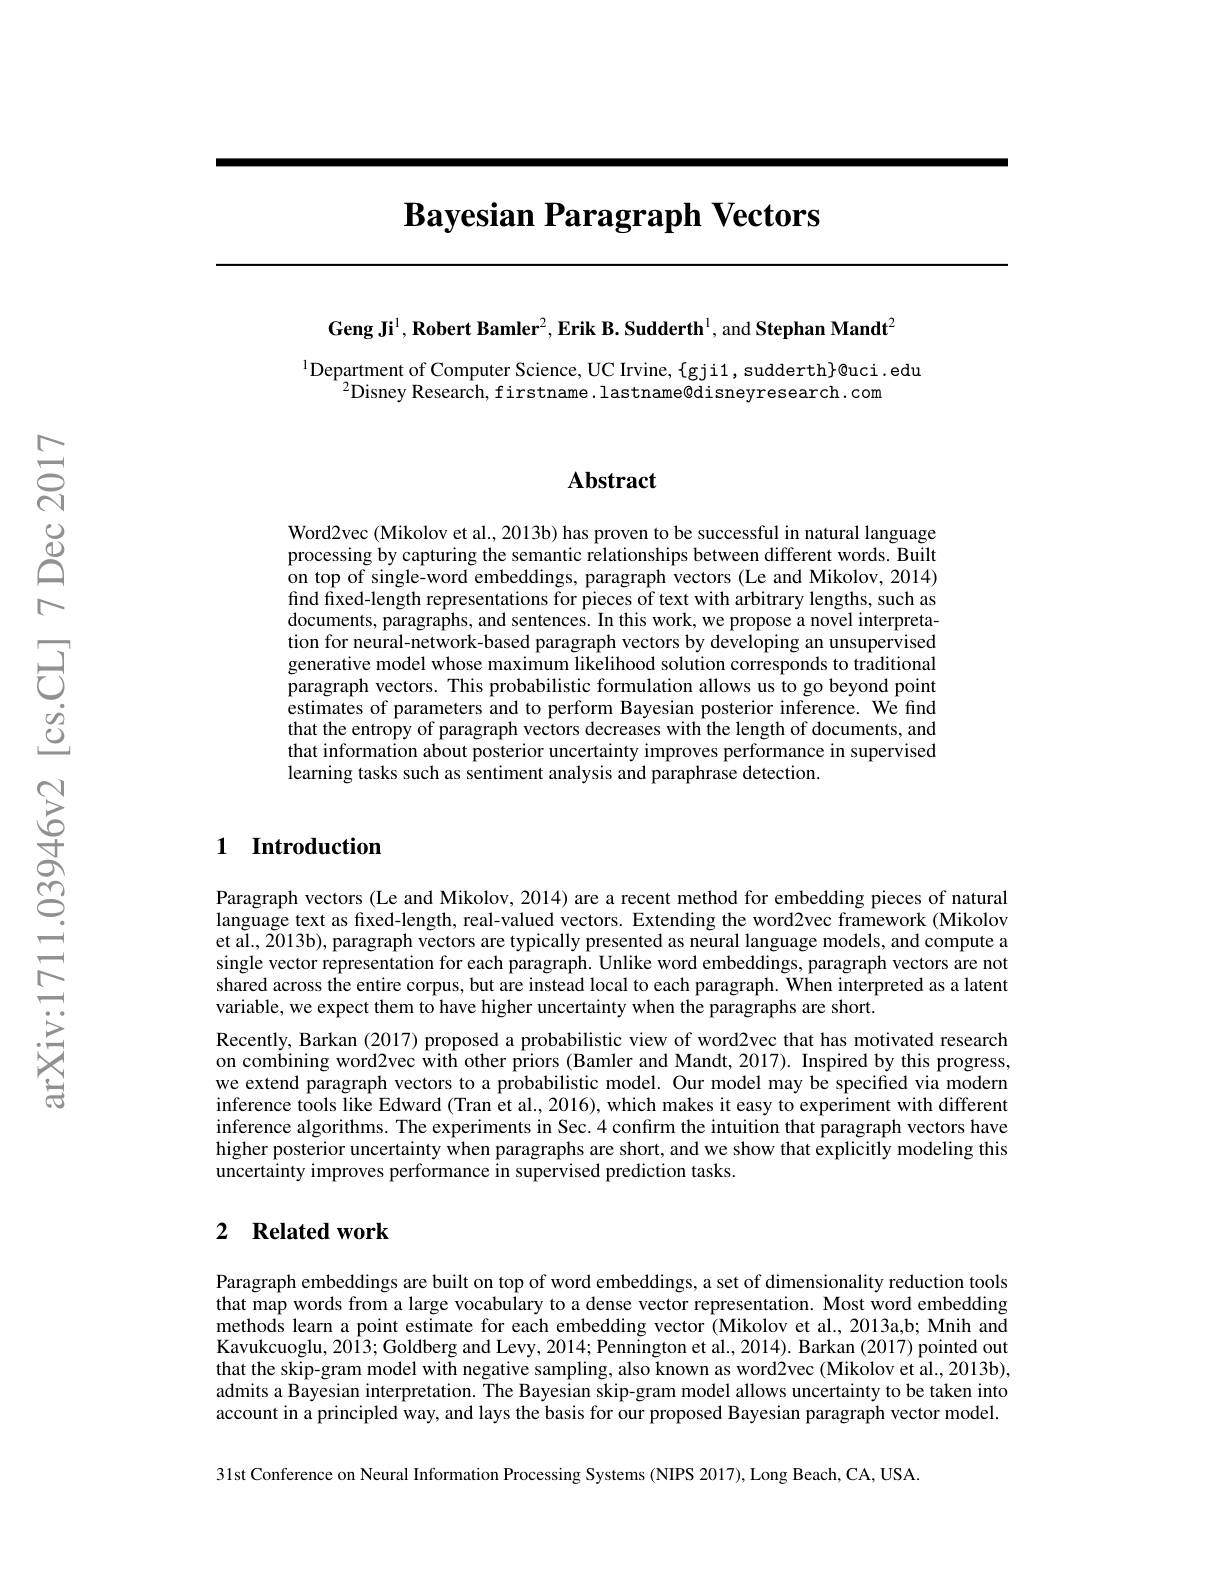
$\textbf{Bayesian Paragraph Vectors}$

Geng Ji$^1,\textbf{Robert Bamler}^2,\textbf{Erik B.Sudderth}^1$,and Stephan Mandt$^2$

$^{1}$Department of Computer Science, UC Irvine, {gji1, sudderth}@uci. edu
$^{2}$Disney Research, firstname. lastname@disneyresearch. com

### $\mathbf{Abstract}$

Word2vec (Mikolov et al., 2013b) has proven to be successful in natural language processing by capturing the semantic relationships between different words. Built on top of single-word embeddings, paragraph vectors (Le and Mikolov, 2014) find fixed-length representations for pieces of text with arbitrary lengths, such as documents, paragraphs, and sentences. In this work, we propose a novel interpretation for neural-network-based paragraph vectors by developing an unsupervised generative model whose maximum likelihood solution corresponds to traditional paragraph vectors. This probabilistic formulation allows us to go beyond point estimates of parameters and to perform Bayesian posterior inference. We find that the entropy of paragraph vectors decreases with the length of documents, and that information about posterior uncertainty improves performance in supervised learning tasks such as sentiment analysis and paraphrase detection.

## 1 Introduction

Paragraph vectors (Le and Mikolov, 2014) are a recent method for embedding pieces of natural language text as fixed-length, real-valued vectors. Extending the word2vec framework (Mikolov et al., 2013b), paragraph vectors are typically presented as neural language models, and compute a single vector representation for each paragraph. Unlike word embeddings, paragraph vectors are not shared across the entire corpus, but are instead local to each paragraph. When interpreted as a latent variable, we expect them to have higher uncertainty when the paragraphs are short.
Recently, Barkan (2017) proposed a probabilistic view of word2vec that has motivated research on combining word2vec with other priors (Bamler and Mandt, 2017). Inspired by this progress, we extend paragraph vectors to a probabilistic model. Our model may be specified via modern inference tools like Edward (Tran et al., 2016), which makes it easy to experiment with different inference algorithms. The experiments in Sec. 4 confirm the intuition that paragraph vectors have higher posterior uncertainty when paragraphs are short, and we show that explicitly modeling this uncertainty improves performance in supervised prediction tasks.

## 2 Related work

Paragraph embeddings are built on top of word embeddings, a set of dimensionality reduction tools that map words from a large vocabulary to a dense vector representation. Most word embedding methods learn a point estimate for each embedding vector (Mikolov et al., 2013a,b; Mnih and Kavukcuoglu, 2013; Goldberg and Levy, 2014; Pennington et al., 2014). Barkan (2017) pointed out that the skip-gram model with negative sampling, also known as word2vec (Mikolov et al.., 2013b), admits a Bayesian interpretation. The Bayesian skip-gram model allows uncertainty to be taken into account in a principled way, and lays the basis for our proposed Bayesian paragraph vector model. 31st Conference on Neural Information Processing Systems (NIPS 2017), Long Beach, CA, USA.